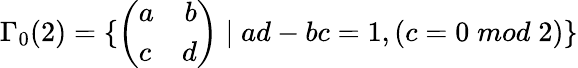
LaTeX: \Gamma_{0}(2)=\{ \left(\begin{array}{lr}{{a}}&{{b}}\\ {{c}}&{{d}}\end{array}\right)\; |\; ad-bc=1,\left(c=0\; mod\; 2\right)\}